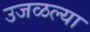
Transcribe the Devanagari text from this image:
उजळल्या